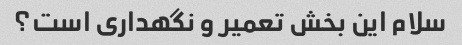
سلام این بخش تعمیر و نگهداری است؟